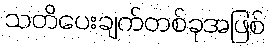
သတိပေးချက်တစ်ခုအဖြစ်